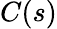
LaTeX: C(s)